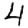
Digit: 4